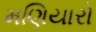
મણિયારો